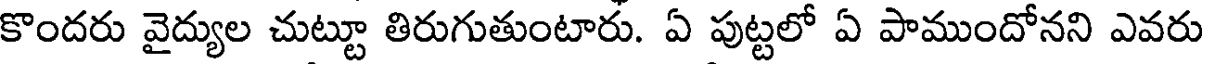
కొందరు వైద్యుల చుట్టూ తిరుగుతుంటారు. ఏ పుట్టలో ఏ పాముందోనని ఎవరు